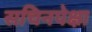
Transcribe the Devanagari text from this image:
सचिनपेक्षा